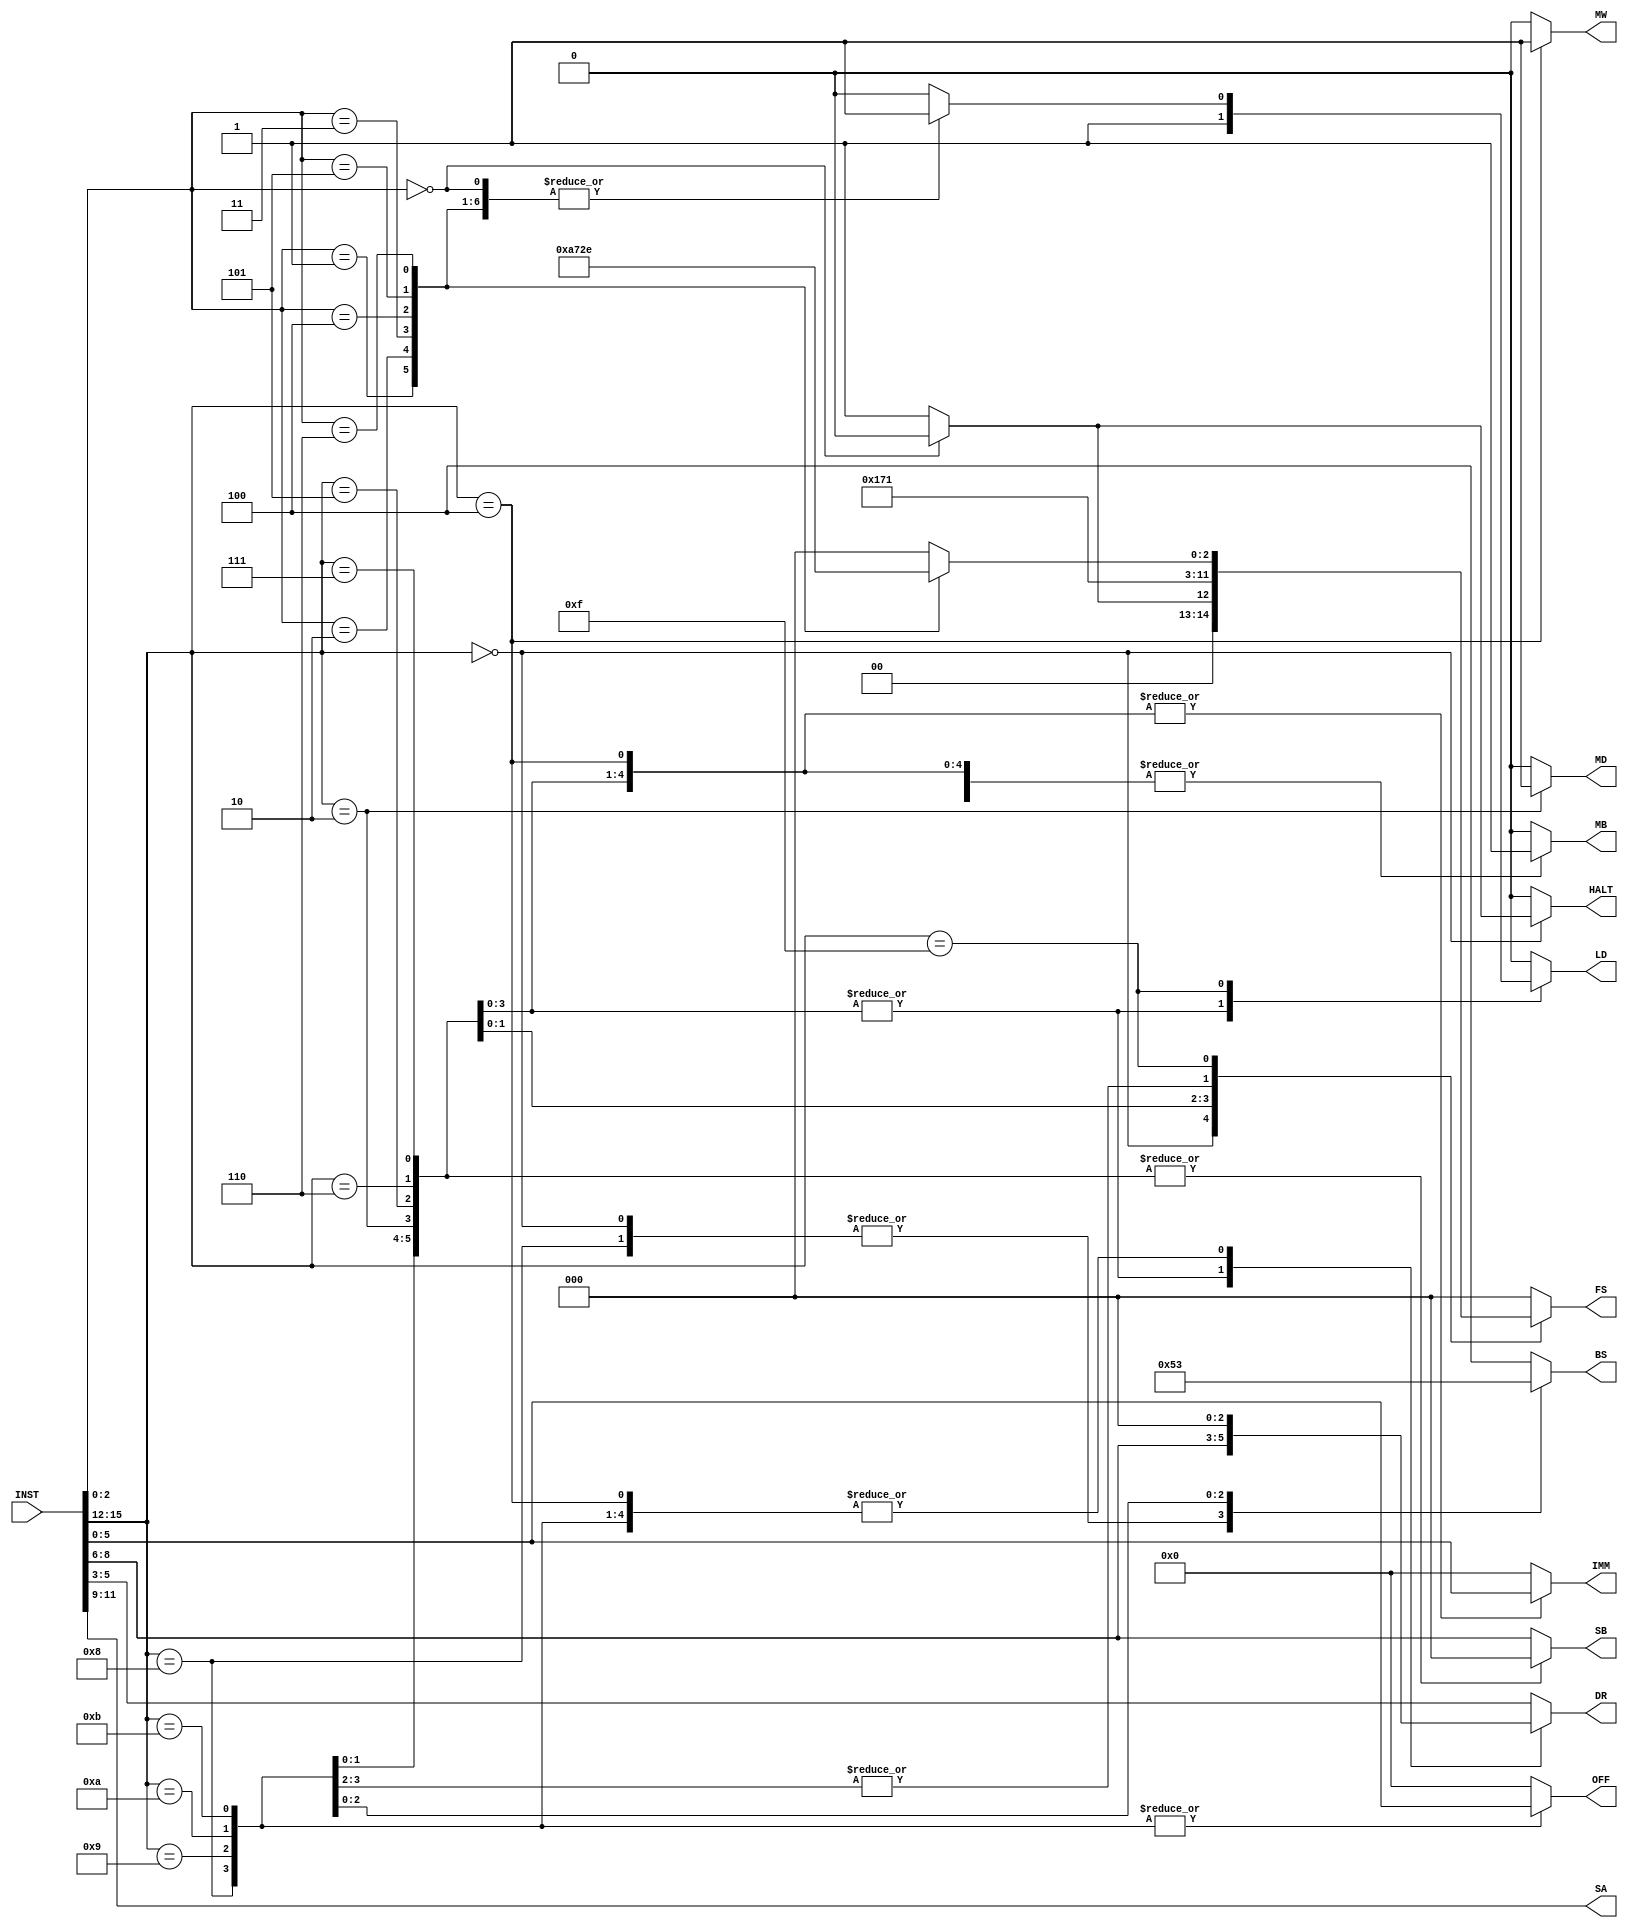
module decoder(INST, DR, SA, SB, IMM, MB, FS, MD, LD, MW, BS, OFF, HALT);

	input [15:0] INST;
	output reg [2:0] DR, SA, SB, FS, BS;
	output reg [5:0] IMM, OFF;
	output reg MB, MD, LD, MW, HALT;
	wire [2:0] BS_NB, BS_EQ, BS_NE, BS_GEZ, BS_LTZ;
	
	assign BS_NB = 3'b100;
	assign BS_EQ = 3'b000;
	assign BS_NE = 3'b001;
	assign BS_GEZ = 3'b010;
	assign BS_LTZ = 3'b011;
	
	parameter [3:0] 	OP_NOP = 4'd0,
							OP_LB  = 4'd2,
							OP_SB  = 4'd4,
							OP_ADDI= 4'd5,
							OP_ANDI= 4'd6,
							OP_ORI = 4'd7,
							OP_BEQ = 4'd8,
							OP_BNE = 4'd9,
							OP_BGEZ= 4'd10,
							OP_BLTZ= 4'd11,
							OP_NIMM= 4'b1111;
							
	parameter [2:0]	FS_ADD = 3'b000,
							FS_SUB = 3'b001,
							FS_SRA = 3'b010,
							FS_SRL = 3'b011,
							FS_SLL = 3'b100,
							FS_AND = 3'b101,
							FS_OR  = 3'b110;
							
	always@(*) begin
		case(INST[15:12]) 
			OP_NOP: begin
			// INST[2:0] = FUNCT
			if (INST[2:0]== 3'b000) begin DR = INST[5:3]; SA = INST[11:9]; SB = INST[8:6]; IMM = 6'b000000; MB = 1'b0; FS = FS_ADD; MD = 1'b0; LD = 1'b0; MW = 1'b0; BS = 3'b000; OFF = 6'd0; HALT = 0; end
			else begin DR = INST[5:3]; SA = INST[11:9]; SB = INST[8:6]; IMM = 6'b000000; MB = 1'b0; FS = FS_SUB; MD = 1'b0; LD = 1'b0; MW = 1'b0; BS = 3'b000; OFF = 6'd0; HALT = 1; end
		end
			// INST[11:9] = RS, INST[8:6] = RT, INST[5:0] = IMM
			OP_LB: begin DR = INST[8:6]; SA = INST[11:9]; SB = 3'd0; IMM = INST[5:0]; MB = 1'b1; FS = FS_ADD; MD = 1'b1; LD = 1'b1; MW = 1'b0; BS = BS_NB; OFF = 6'd0; HALT = 0; end
			OP_SB: begin DR = 3'd0; SA = INST[11:9]; SB = INST[8:6]; IMM = INST[5:0]; MB = 1'b1; FS = FS_ADD; MD = 1'b0; LD = 1'b0; MW = 1'b1; BS = BS_NB; OFF = 6'd0; HALT = 0; end
			OP_ADDI: begin DR = INST[8:6]; SA = INST[11:9]; SB = 3'd0; IMM = INST[5:0]; MB = 1'b1; FS = FS_ADD; MD = 1'b0; LD = 1'b1; MW = 1'b0; BS = BS_NB; OFF = 6'd0; HALT = 0; end
			OP_ANDI: begin DR = INST[8:6]; SA = INST[11:9]; SB = 3'd0; IMM = INST[5:0]; MB = 1'b1; FS = FS_AND; MD = 1'b0; LD = 1'b1; MW = 1'b0; BS = BS_NB; OFF = 6'd0; HALT = 0; end
			OP_ORI: begin DR = INST[8:6]; SA = INST[11:9]; SB = 3'd0; IMM = INST[5:0]; MB = 1'b1; FS = FS_OR; MD = 1'b0; LD = 1'b1; MW = 1'b0; BS = BS_NB; OFF = 6'd0; HALT = 0; end
			OP_BEQ: begin DR = 3'd0; SA = INST[11:9]; SB = INST[8:6]; IMM = 6'd0; MB = 1'b0; FS = FS_SUB; MD = 1'b0; LD = 1'b0; MW = 1'b0; BS = BS_EQ; OFF = INST[5:0]; HALT = 0; end
			OP_BNE: begin DR = 3'd0; SA = INST[11:9]; SB = INST[8:6]; IMM = 6'd0; MB = 1'b0; FS = FS_SUB; MD = 1'b0; LD = 1'b0; MW = 1'b0; BS = BS_NE; OFF = INST[5:0]; HALT = 0; end
			OP_BGEZ: begin DR = 3'd0; SA = INST[11:9]; SB = 3'd0; IMM = 6'd0; MB = 1'b1; FS = FS_ADD; MD = 1'b0; LD = 1'b0; MW = 1'b0; BS = BS_GEZ; OFF = INST[5:0]; HALT = 0; end
			OP_BLTZ: begin DR = 3'd0; SA = INST[11:9]; SB = 3'd0; IMM = 6'd0; MB = 1'b1; FS = FS_ADD; MD = 1'b0; LD = 1'b0; MW = 1'b0; BS = BS_LTZ; OFF = INST[5:0]; HALT = 0; end
		
			OP_NIMM: begin
				case(INST[2:0])
					// INST[11:9] = RS, INST[8:6] = RT, INST[5:3] = RD, INST[2:0] = FUNCT
					FS_ADD: begin DR = INST[5:3]; SA = INST[11:9]; SB = INST[8:6]; IMM = 6'b000000; MB = 1'b0; FS = FS_ADD; MD = 1'b0; LD = 1'b1; MW = 1'b0; BS = BS_NB; OFF = 6'd0; HALT = 0; end
					FS_SUB: begin DR = INST[5:3]; SA = INST[11:9]; SB = INST[8:6]; IMM = 6'b000000; MB = 1'b0; FS = FS_SUB; MD = 1'b0; LD = 1'b1; MW = 1'b0; BS = BS_NB; OFF = 6'd0; HALT = 0; end
					FS_SRA: begin DR = INST[5:3]; SA = INST[11:9]; SB = INST[8:6]; IMM = 6'b000000; MB = 1'b0; FS = FS_SRA; MD = 1'b0; LD = 1'b1; MW = 1'b0; BS = BS_NB; OFF = 6'd0; HALT = 0; end
					FS_SRL: begin DR = INST[5:3]; SA = INST[11:9]; SB = INST[8:6]; IMM = 6'b000000; MB = 1'b0; FS = FS_SRL; MD = 1'b0; LD = 1'b1; MW = 1'b0; BS = BS_NB; OFF = 6'd0; HALT = 0; end
					FS_SLL: begin DR = INST[5:3]; SA = INST[11:9]; SB = INST[8:6]; IMM = 6'b000000; MB = 1'b0; FS = FS_SLL; MD = 1'b0; LD = 1'b1; MW = 1'b0; BS = BS_NB; OFF = 6'd0; HALT = 0; end
					FS_AND: begin DR = INST[5:3]; SA = INST[11:9]; SB = INST[8:6]; IMM = 6'b000000; MB = 1'b0; FS = FS_AND; MD = 1'b0; LD = 1'b1; MW = 1'b0; BS = BS_NB; OFF = 6'd0; HALT = 0; end
					FS_OR: begin DR = INST[5:3]; SA = INST[11:9]; SB = INST[8:6]; IMM = 6'b000000; MB = 1'b0; FS = FS_OR; MD = 1'b0; LD = 1'b1; MW = 1'b0; BS = BS_NB; OFF = 6'd0; HALT = 0; end
					
					default: begin DR = INST[5:3]; SA = INST[11:9]; SB = INST[8:6]; IMM = 6'b000000; MB = 1'b0; FS = FS_ADD; MD = 1'b0; LD = 1'b0; MW = 1'b0; BS = BS_NB; OFF = 6'd0; HALT = 0; end
				endcase
			end
			default: begin DR = INST[5:3]; SA = INST[11:9]; SB = INST[8:6]; IMM = 6'b000000; MB = 1'b0; FS = FS_ADD; MD = 1'b0; LD = 1'b0; MW = 1'b0;  BS = BS_NB; OFF = 6'd0; HALT = 0;end
		endcase
	end
	
	
endmodule